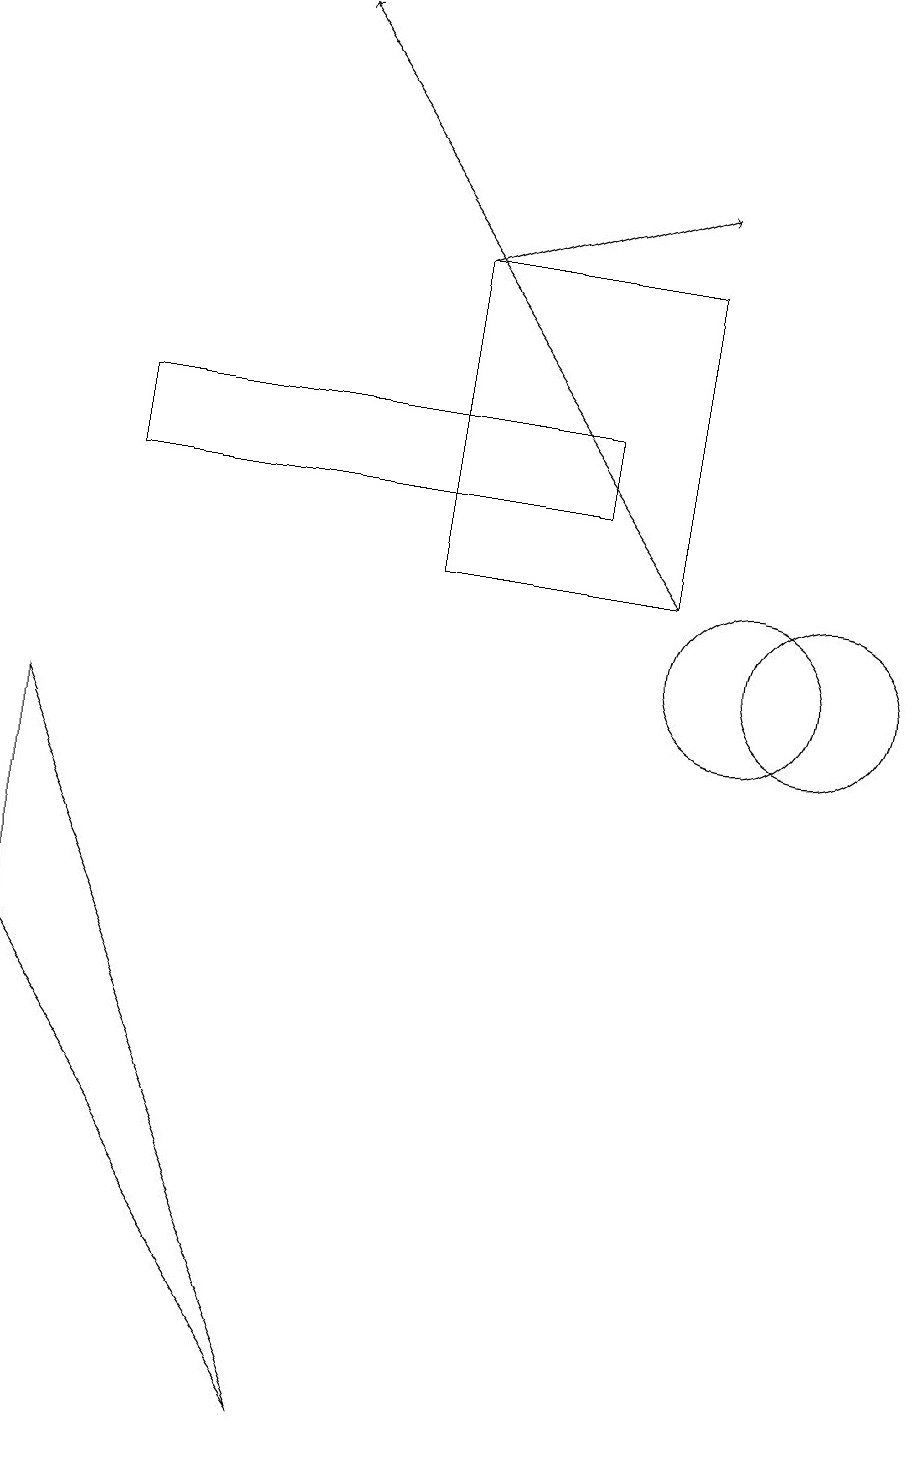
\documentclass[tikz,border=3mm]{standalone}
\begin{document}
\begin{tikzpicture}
\draw (1,9) -- (1,6) -- (5,0) -- cycle;
\draw[->] (9,11) -- (4,18);
\draw (10,10) circle (1);
\draw (11,10) circle (1);
\draw (9,15) rectangle (6,11);
\draw[->] (6,15) -- (9,16);
\draw (8,13) rectangle (2,12);
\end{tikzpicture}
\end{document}